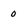
Character: 0